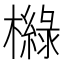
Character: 𣝵